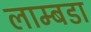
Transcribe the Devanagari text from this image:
लाम्बडा